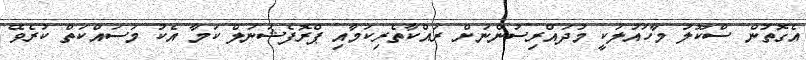
އެގޮތުން ސްކޫލު މާހައުލަކީ މުދައްރިސުންނަށް ރައްކާތެރިކަމާއި ޕްރޮފެޝަނަލް ކަމާ އެކު މަސައްކަތް ކުރެވޭ